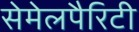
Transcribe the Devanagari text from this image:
सेमेलपैरिटी